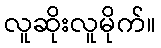
လူဆိုးလူမိုက်။